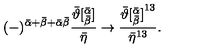
( - ) ^ { { \bar { \alpha } } + { \bar { \beta } } + \bar { \alpha } \bar { \beta } } \frac { { \bar { \vartheta } } [ _ { \bar { \beta } } ^ { \bar { \alpha } } ] } { { \bar { \eta } } } \rightarrow \frac { { \bar { \vartheta } [ _ { \bar { \beta } } ^ { \bar { \alpha } } ] } ^ { 1 3 } } { { \bar { \eta } } ^ { 1 3 } } .